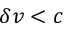
\delta v < c